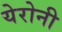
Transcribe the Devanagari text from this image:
येरोनी